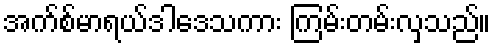
အက်စ်မာရယ်ဒါဒေသကား ကြမ်းတမ်းလှသည်။